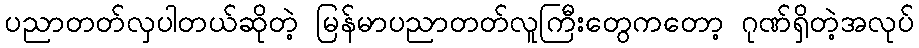
ပညာတတ်လှပါတယ်ဆိုတဲ့ မြန်မာပညာတတ်လူကြီးတွေကတော့ ဂုဏ်ရှိတဲ့အလုပ်